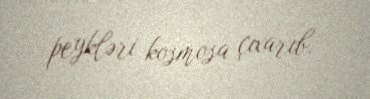
peykləri kosmosa çıxarıb.